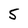
Character: S